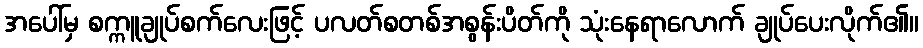
အပေါ်မှ စက္ကူချုပ်စက်လေးဖြင့် ပလတ်စတစ်အစွန်းပိတ်ကို သုံးနေရာလောက် ချုပ်ပေးလိုက်၏။